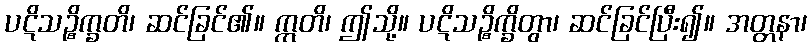
ပဋိသဉ္စိက္ခတိ၊ ဆင်ခြင်၏။ ဣတိ၊ ဤသို့။ ပဋိသဉ္စိက္ခိတွာ၊ ဆင်ခြင်ပြီး၍။ အတ္တနာ၊